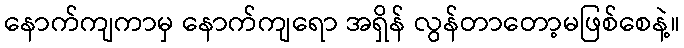
နောက်ကျကာမှ နောက်ကျရော အရှိန် လွန်တာတော့မဖြစ်စေနဲ့။